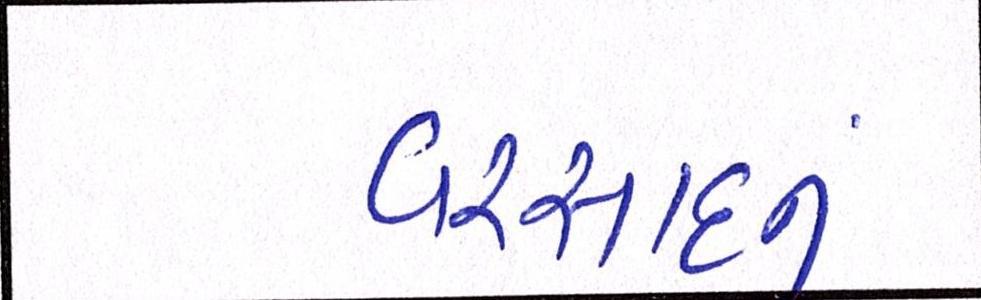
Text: વરસાદનું